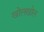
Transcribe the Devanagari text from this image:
खोलखोल